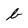
Character: b